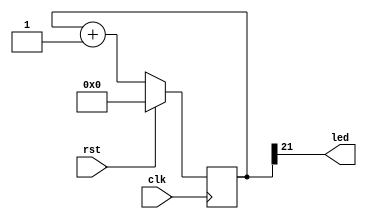
//=============================================================================================
// 6-Axis Robot Arm Motion Engine
// Copyright 2015 by Glen Akins.
// All rights reserved.
// 
// Set editor width to 96 and tab stop to 4.
//
// This program is free software: you can redistribute it and/or modify
// it under the terms of the GNU General Public License as published by
// the Free Software Foundation, either version 3 of the License, or
// (at your option) any later version.
//
// This program is distributed in the hope that it will be useful,
// but WITHOUT ANY WARRANTY; without even the implied warranty of
// MERCHANTABILITY or FITNESS FOR A PARTICULAR PURPOSE.  See the
// GNU General Public License for more details.
//
// You should have received a copy of the GNU General Public License
// along with this program.  If not, see <http://www.gnu.org/licenses/>.
//=============================================================================================

module heartbeat
(
	input	wire	rst,
	input	wire	clk,
	output	wire	led
);

reg [21:0] counter;

always @ (posedge clk)
begin
	if (rst)
	begin
		counter <= 0;
	end
	else
	begin
		counter <= counter + 1;
	end
end

assign led = counter[21];

endmodule